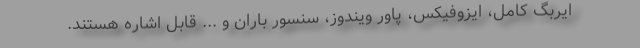
ایربگ کامل، ایزوفیکس، پاور ویندوز، سنسور باران و ... قابل اشاره هستند.